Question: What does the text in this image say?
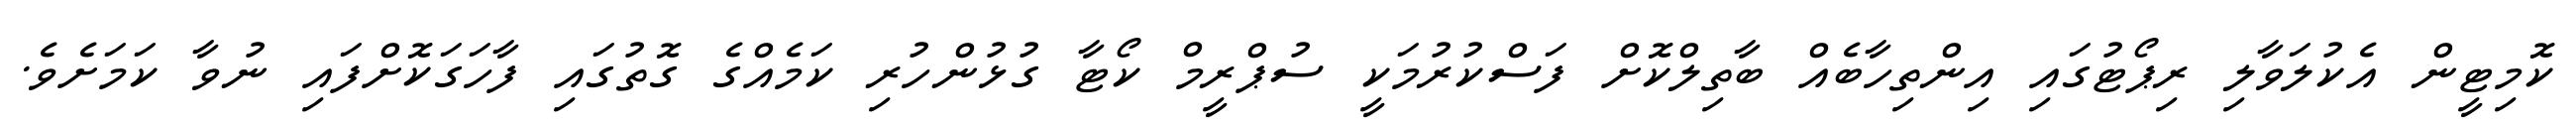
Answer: ކޮމިޓީން އެކުލަވާލި ރިޕޯޓުގައި އިންތިހާބެއް ބާތިލްކޮށް ފަސްކުރުމަކީ ސުޕްރީމް ކޯޓާ ގުޅުންހުރި ކަމެއްގެ ގޮތުގައި ފާހަގަކޮށްފައި ނުވާ ކަމަށެވެ.